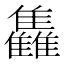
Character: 雥